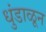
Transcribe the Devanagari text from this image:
धुंडाळून